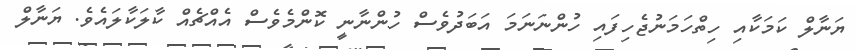
ޔަނާލް ކަމަކާއި ހިތްހަމަނުޖެހިފައި ހުންނަނަމަ އަބަދުވެސް ހުންނާނީ ކޮންމެވެސް އެއްޗެއް ކާލަކާލައެވެ. ޔަނާލް